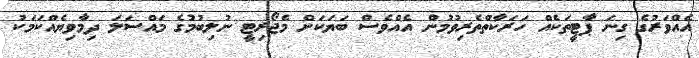
އެއްވަރުގެ ގިނަ ޕާޓީތަކެއް ހަރަކާތްތެރިވުމުން އެއްވެސް ބަޔަކަށް މެޖޯރިޓީ ނުލިބުމުގެ މައްސަލަ ދިމާވިޔެއްކަމަކު